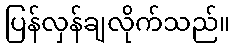
ပြန်လှန်ချလိုက်သည်။